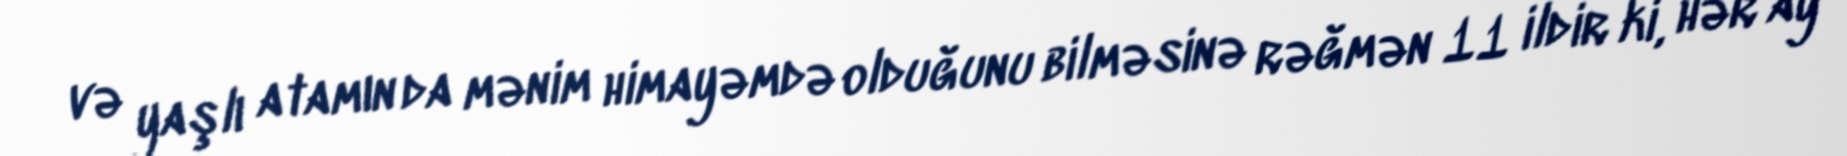
və yaşlı atamın da mənim himayəmdə olduğunu bilməsinə rəğmən 11 ildir ki, hər ay